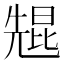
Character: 𫤠